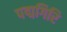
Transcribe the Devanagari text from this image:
पद्मगिरि